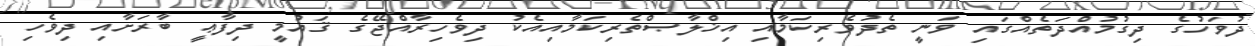
ދުވަހުގެ ދިގުމުއްދަތެއްގައި ވަނީ ތެދުވެރިކަމާއި އިޚްލާޞްތެރިކަމާއިއެކު ދިވެހިރާއްޖޭގެ ޤައުމީ ދިފާޢީ ބާރަށާއި ދިވެހި